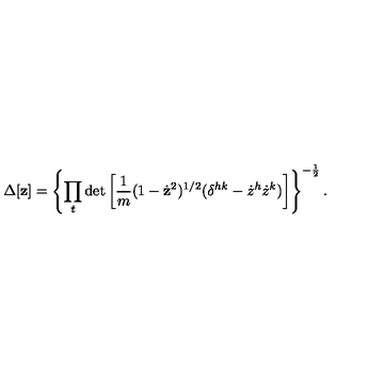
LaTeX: \Delta [ { \bf z } ] = \left\{ \prod _ { t } \det \left[ { \frac { 1 } { m } } ( 1 - \dot { \bf z } ^ { 2 } ) ^ { 1 / 2 } ( \delta ^ { h k } - { \dot { z } } ^ { h } { \dot { z } } ^ { k } ) \right] \right\} ^ { - \frac { 1 } { 2 } } .